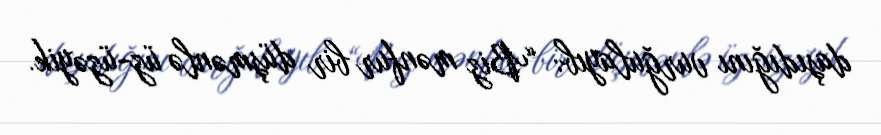
daşıdığını vurğulayıb: “Biz mənfur bir düşmənlə üz-üzəyik.